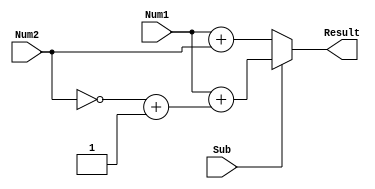
module CarryLookaheadSubtractor (
    input [7:0] Num1,
    input [7:0] Num2,
    input Sub,
    output reg [7:0] Result
);

reg [7:0] Diff;
reg [7:0] Carry;

wire [7:0] Generate, Propagate;

assign Generate = Num1 & ~Num2;
assign Propagate = Num1 ^ Num2;

assign Diff = Sub ? Num1 + (~Num2 + 1) : Num1 + Num2;

assign Carry[0] = Sub;
assign Carry[1] = Generate[0] | (Propagate[0] & Carry[0]);
assign Carry[2] = Generate[1] | (Propagate[1] & Carry[1]);
assign Carry[3] = Generate[2] | (Propagate[2] & Carry[2]);
assign Carry[4] = Generate[3] | (Propagate[3] & Carry[3]);
assign Carry[5] = Generate[4] | (Propagate[4] & Carry[4]);
assign Carry[6] = Generate[5] | (Propagate[5] & Carry[5]);
assign Carry[7] = Generate[6] | (Propagate[6] & Carry[6]);

always @(*) begin
    Result = Diff;
end

endmodule